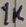
Text: 1K